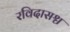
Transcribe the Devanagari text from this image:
रविदासश्च